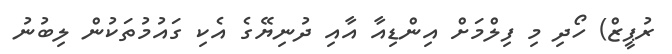
ރުޕީޒް) ހޯދި މި ފިލްމަށް އިންޑިއާ އާއި ދުނިޔޭގެ އެކި ގައުމުތަކުން ލިބުނު